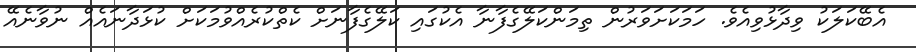
އެބޭކަލަކު ވިދާޅުވިއެވެ. ހަމަކަށަވަރުން ތިމަންކަލޭގެފާނާ އެކުގައި ކަލޭގެފާނަށް ކެތްކުރެއްވުމަކަށް ކުޅަދާނައެއް ނުވާނެއޭ